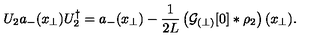
U _ { 2 } a _ { - } ( x _ { \perp } ) U _ { 2 } ^ { \dagger } = a _ { - } ( x _ { \perp } ) - \frac { 1 } { 2 L } \left( { \cal G } _ { ( \perp ) } [ 0 ] \ast \rho _ { 2 } \right) ( x _ { \perp } ) .